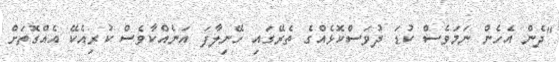
"ދެން އެހެން ނަމަވެސް ކުޑަ ދުވަސްކޮޅެއްގެ ތެރޭގައި ހޭނިލާފަ އަނެއްކާވެސް ކުރިއެކޭ އެއްގޮތަށް